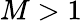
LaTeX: M>1